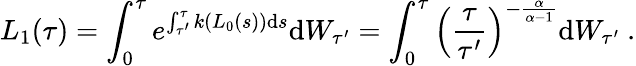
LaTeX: L_{1}(\tau)=\int_{0}^{\tau}e^{\int_{\tau^{\prime}}^{\tau}k(L_{0}(s))\mathrm{d}s}\mathrm{d}W_{\tau^{\prime}}=\int_{0}^{\tau}\left(\frac{{\tau}}{{\tau^{\prime}}}\right)^{-\frac{{\alpha}}{{\alpha-1}}}\mathrm{d}W_{\tau^{\prime}}\ .